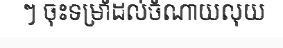
ៗ ចុះទម្រាំដល់ចំណាយលុយ